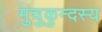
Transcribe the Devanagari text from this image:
मुचुकुन्दस्य